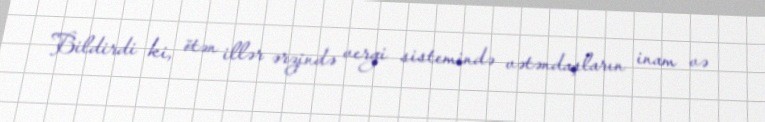
Bildirdi ki, ötən illər ərzində vergi sistemində vətəndaşların inam və